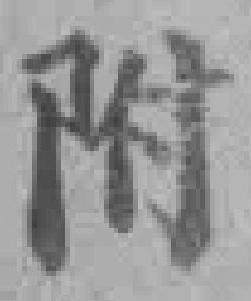
附